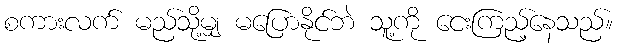
စကားလက် မည်သို့မျှ မပြောနိုင်ဘဲ သူ့ကို ငေးကြည့်နေသည်။